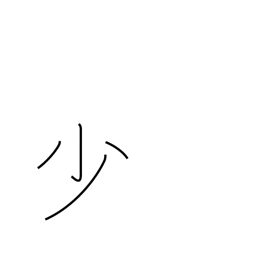
Meaning: few